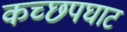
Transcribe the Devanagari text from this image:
कच्छपघाट